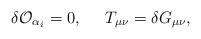
LaTeX: \begin{align*}\delta {\cal O}_{\alpha_i} = 0,\;\;\;\;\;T_{\mu\nu} = \delta G_{\mu\nu},\end{align*}